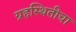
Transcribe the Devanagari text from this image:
ग्रहस्थितीचा